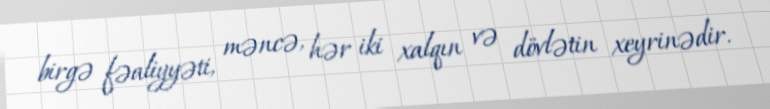
birgə fəaliyyəti, məncə, hər iki xalqın və dövlətin xeyrinədir.